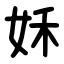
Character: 姀